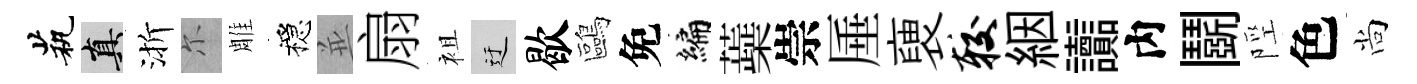
茕真渐尓雕穩並扇袓迂歇鷗免编蘃崇厜褏较絪讟内鬬陘色尚